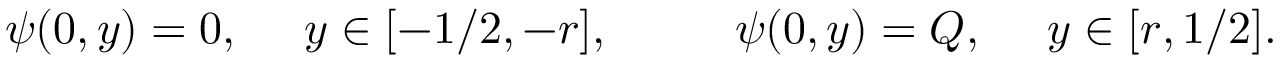
\psi ( 0 , y ) = 0 , ~ ~ ~ ~ y \in [ - 1 / 2 , - r ] , ~ ~ ~ ~ ~ ~ ~ ~ \psi ( 0 , y ) = Q , ~ ~ ~ ~ y \in [ r , 1 / 2 ] .